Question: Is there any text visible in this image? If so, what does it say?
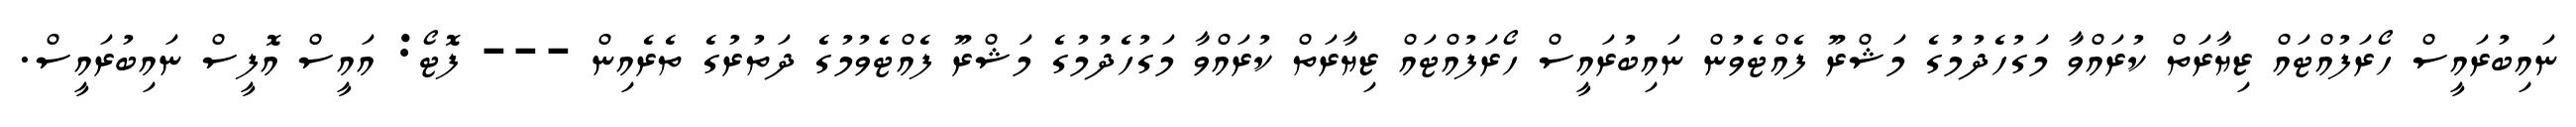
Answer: ނައިބުރައީސް ހޯރަފުއްޓައް ޒިޔާރަތް ކުރައްވާ މަގުހެދުމުގެ މަޝްރޫ ފެއްޓެވުން ނައިބުރައީސް ހޯރަފުއްޓައް ޒިޔާރަތް ކުރައްވާ މަގުހެދުމުގެ މަޝްރޫ ފެއްޓެވުމުގެ ދަތުރުގެ ތެރެއިން --- ފޮޓޯ: އައީސް އޮފީސް ނައިބުރައީސް.